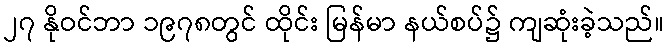
၂၇ နိုဝင်ဘာ ၁၉၇၈တွင် ထိုင်း မြန်မာ နယ်စပ်၌ ကျဆုံးခဲ့သည်။